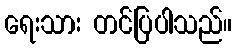
ရေးသား တင်ပြပါသည်။